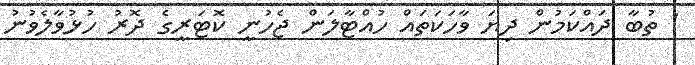
' ތުބާ ދައްކަމުން ދިޔަ ވާހަކަތައް ހުއްޓާލަން ޖެހުނީ ކޮޓަރީގެ ދޮރު ހުޅުވާލެވުނު